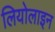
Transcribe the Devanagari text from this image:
लियोलाइन